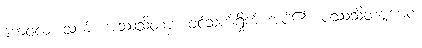
ကေဝလံ၊ သက်။ အဿသိတဗ္ဗံ၊ ဝင်သက်ရှိုက် အပ်၏။ ပဿသိတဗ္ဗမေဝ၊